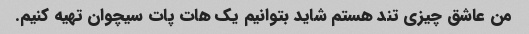
من عاشق چیزی تند هستم شاید بتوانیم یک هات پات سیچوان تهیه کنیم.